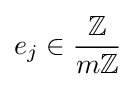
e_{j}\in {\frac {\mathbb {Z} }{m\mathbb {Z} }}